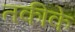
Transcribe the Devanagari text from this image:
तकीके